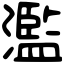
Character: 濫